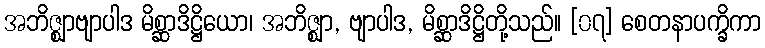
အဘိဇ္ဈာဗျာပါဒ မိစ္ဆာဒိဋ္ဌိယော၊ အဘိဇ္ဈာ, ဗျာပါဒ, မိစ္ဆာဒိဋ္ဌိတို့သည်။ [၀၇] စေတနာပက္ခိကာ